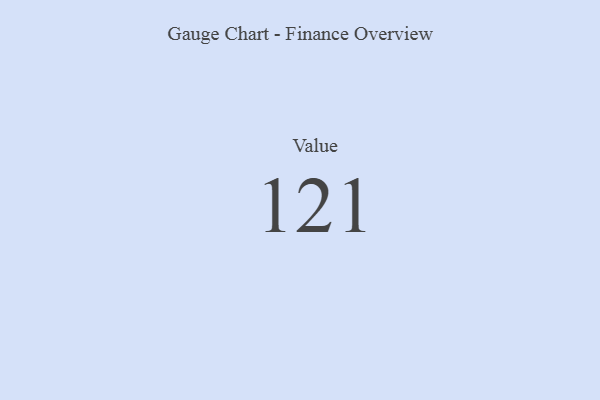
{"axis": {"x": "Metric", "y": "Value"}, "legend": [""], "data": [{"x": "Value", "y": 121, "type": ""}]}